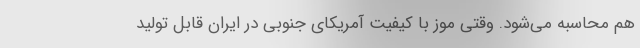
هم محاسبه می‌شود. وقتی موز با کیفیت آمریکای جنوبی در ایران قابل تولید